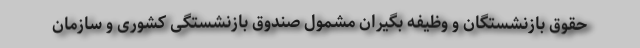
حقوق بازنشستگان و وظیفه بگیران مشمول صندوق بازنشستگی کشوری و سازمان